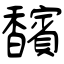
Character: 馪